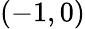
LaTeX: (-1,0)